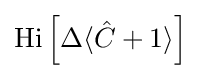
\mathrm {Hi} \left[\Delta \langle {\hat {C}}+1\rangle \right]